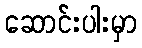
ဆောင်းပါးမှာ